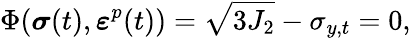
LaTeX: \Phi({\boldsymbol{\mathbf{\mathit{\sigma}}}}(t),{\boldsymbol{\mathbf{\mathit{\varepsilon}}}}^{p}(t))=\sqrt{3J_{2}}-\sigma_{y,t}=0,